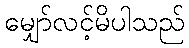
မျှော်လင့်မိပါသည်